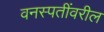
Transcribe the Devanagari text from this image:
वनस्पतींवरील